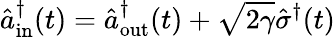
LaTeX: \hat{a}_{\mathrm{in}}^{\dagger}(t)=\hat{a}_{\mathrm{out}}^{\dagger}(t)+\sqrt{2\gamma}\hat{\sigma}^{\dagger}(t)